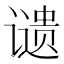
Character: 𬤦